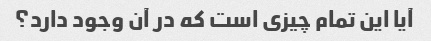
آیا این تمام چیزی است که در آن وجود دارد؟